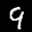
Label: 9